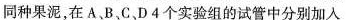
同种果泥，在A、B.C.D4个实验组的试管中分别加入